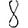
Digit: 8